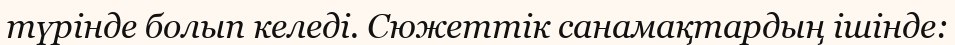
түрiнде болып келедi. Сюжеттiк санамақтардың iшiнде: